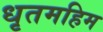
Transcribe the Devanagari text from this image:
धृतमहिम